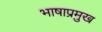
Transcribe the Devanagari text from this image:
भाषाप्रमुख